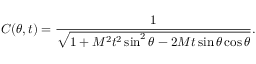
C ( \theta , t ) = \frac { 1 } { \sqrt { 1 + M ^ { 2 } t ^ { 2 } \sin ^ { 2 } \theta - 2 M t \sin \theta \cos \theta } } .